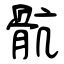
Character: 骯